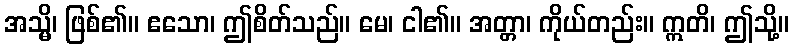
အသ္မိ၊ ဖြစ်၏။ ဧသော၊ ဤစိတ်သည်။ မေ၊ ငါ၏။ အတ္တာ၊ ကိုယ်တည်း။ ဣတိ၊ ဤသို့။